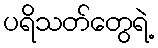
ပရိသတ်တွေရဲ့